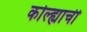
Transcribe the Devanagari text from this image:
कोल्ह्याची